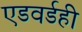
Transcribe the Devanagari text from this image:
एडवर्डही